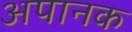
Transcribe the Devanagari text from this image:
अपानक